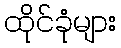
ထိုင်ခုံများ